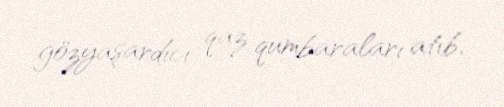
gözyaşardıcı qaz qumbaraları atıb.